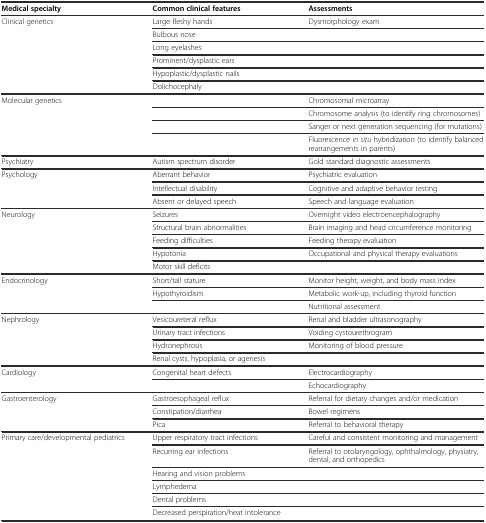
<table><thead><tr><td><b>Medical specialty</b></td><td><b>Common clinical features</b></td><td><b>Assessments</b></td></tr></thead><tbody><tr><td rowspan="6">Clinical genetics</td><td>Large fleshy hands</td><td>Dysmorphology exam</td></tr><tr><td>Bulbous nose</td><td></td></tr><tr><td>Long eyelashes</td><td></td></tr><tr><td>Prominent/dysplastic ears</td><td></td></tr><tr><td>Hypoplastic/dysplastic nails</td><td></td></tr><tr><td>Dolichocephaly</td><td></td></tr><tr><td rowspan="4">Molecular genetics</td><td></td><td>Chromosomal microarray</td></tr><tr><td></td><td>Chromosome analysis (to identify ring chromosomes)</td></tr><tr><td></td><td>Sanger or next generation sequencing (for mutations)</td></tr><tr><td></td><td>Fluorescence <i>in situ</i> hybridization (to identify balanced rearrangements in parents)</td></tr><tr><td>Psychiatry</td><td>Autism spectrum disorder</td><td>Gold standard diagnostic assessments</td></tr><tr><td rowspan="3">Psychology</td><td>Aberrant behavior</td><td>Psychiatric evaluation</td></tr><tr><td>Intellectual disability</td><td>Cognitive and adaptive behavior testing</td></tr><tr><td>Absent or delayed speech</td><td>Speech and language evaluation</td></tr><tr><td rowspan="5">Neurology</td><td>Seizures</td><td>Overnight video electroencephalography</td></tr><tr><td>Structural brain abnormalities</td><td>Brain imaging and head circumference monitoring</td></tr><tr><td>Feeding difficulties</td><td>Feeding therapy evaluation</td></tr><tr><td>Hypotonia</td><td>Occupational and physical therapy evaluations</td></tr><tr><td>Motor skill deficits</td><td></td></tr><tr><td rowspan="3">Endocrinology</td><td>Short/tall stature</td><td>Monitor height, weight, and body mass index</td></tr><tr><td>Hypothyroidism</td><td>Metabolic work-up, including thyroid function</td></tr><tr><td></td><td>Nutritional assessment</td></tr><tr><td rowspan="4">Nephrology</td><td>Vesicoureteral reflux</td><td>Renal and bladder ultrasonography</td></tr><tr><td>Urinary tract infections</td><td>Voiding cystourethrogram</td></tr><tr><td>Hydronephrosis</td><td>Monitoring of blood pressure</td></tr><tr><td>Renal cysts, hypoplasia, or agenesis</td><td></td></tr><tr><td rowspan="2">Cardiology</td><td>Congenital heart defects</td><td>Electrocardiography</td></tr><tr><td></td><td>Echocardiography</td></tr><tr><td rowspan="3">Gastroenterology</td><td>Gastroesophageal reflux</td><td>Referral for dietary changes and/or medication</td></tr><tr><td>Constipation/diarrhea</td><td>Bowel regimens</td></tr><tr><td>Pica</td><td>Referral to behavioral therapy</td></tr><tr><td rowspan="6">Primary care/developmental pediatrics</td><td>Upper respiratory tract infections</td><td>Careful and consistent monitoring and management</td></tr><tr><td>Recurring ear infections</td><td>Referral to otolaryngology, ophthalmology, physiatry, dental, and orthopedics</td></tr><tr><td>Hearing and vision problems</td><td></td></tr><tr><td>Lymphedema</td><td></td></tr><tr><td>Dental problems</td><td></td></tr><tr><td>Decreased perspiration/heat intolerance</td><td></td></tr></tbody></table>